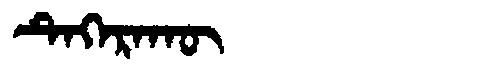
Manchu: ᡨᡝᡴᡝᡵᠠᡴᡡ
Romanization: TEKERAKŪ